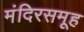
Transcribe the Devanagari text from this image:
मंदिरसमूह